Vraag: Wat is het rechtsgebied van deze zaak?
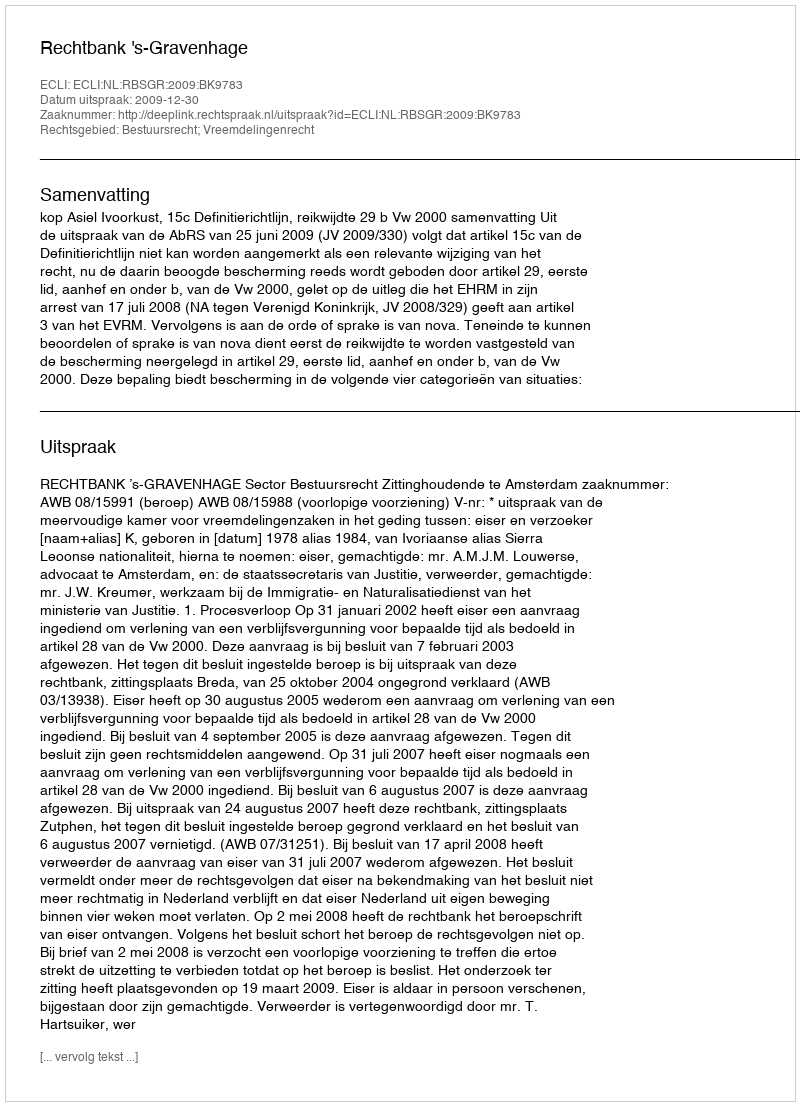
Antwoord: Bestuursrecht; Vreemdelingenrecht